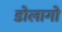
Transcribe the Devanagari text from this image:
डोलागो